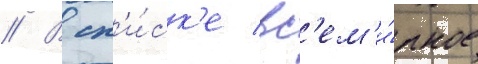
// В сп'и́ск'е вс'ем'и́рное